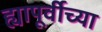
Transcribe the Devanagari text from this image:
ह्यापूर्वीच्या